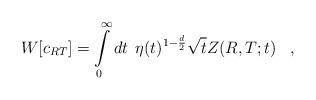
LaTeX: \begin{align*}W[c_{RT}] = \int\limits_{0}^{\infty} dt \;\,\eta (t)^{1- {d \over 2}}\sqrt{t} Z(R,T;t)\;\;\;,\end{align*}